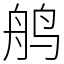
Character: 鸼